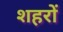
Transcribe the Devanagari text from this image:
शहरों